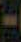
-